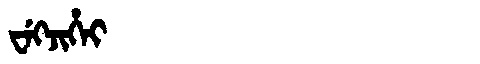
Manchu: ᠸᡝᡴᠵᡳᡥᡝᡳ
Romanization: WEKJIHEI